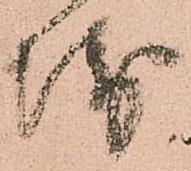
衛